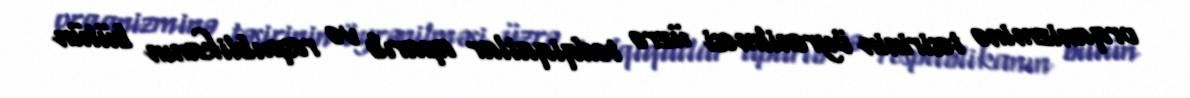
orqanizminə təsirinin öyrənilməsi üzrə tədqiqatlar aparıb və respublikanın bütün